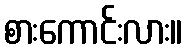
စားကောင်းလား။